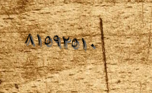
٨١٥٩٢٥١٠